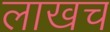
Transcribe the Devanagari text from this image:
लाखच